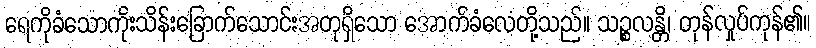
ရေကိုခံသောကိုးသိန်းခြောက်သောင်းအတုရှိသော အောက်ခံလေတို့သည်။ သဉ္စလန္တိ၊ တုန်လှုပ်ကုန်၏။